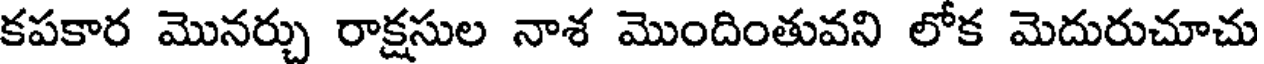
కపకార మొనర్చు రాక్షసుల నాశ మొందింతువని లోక మెదురుచూచు